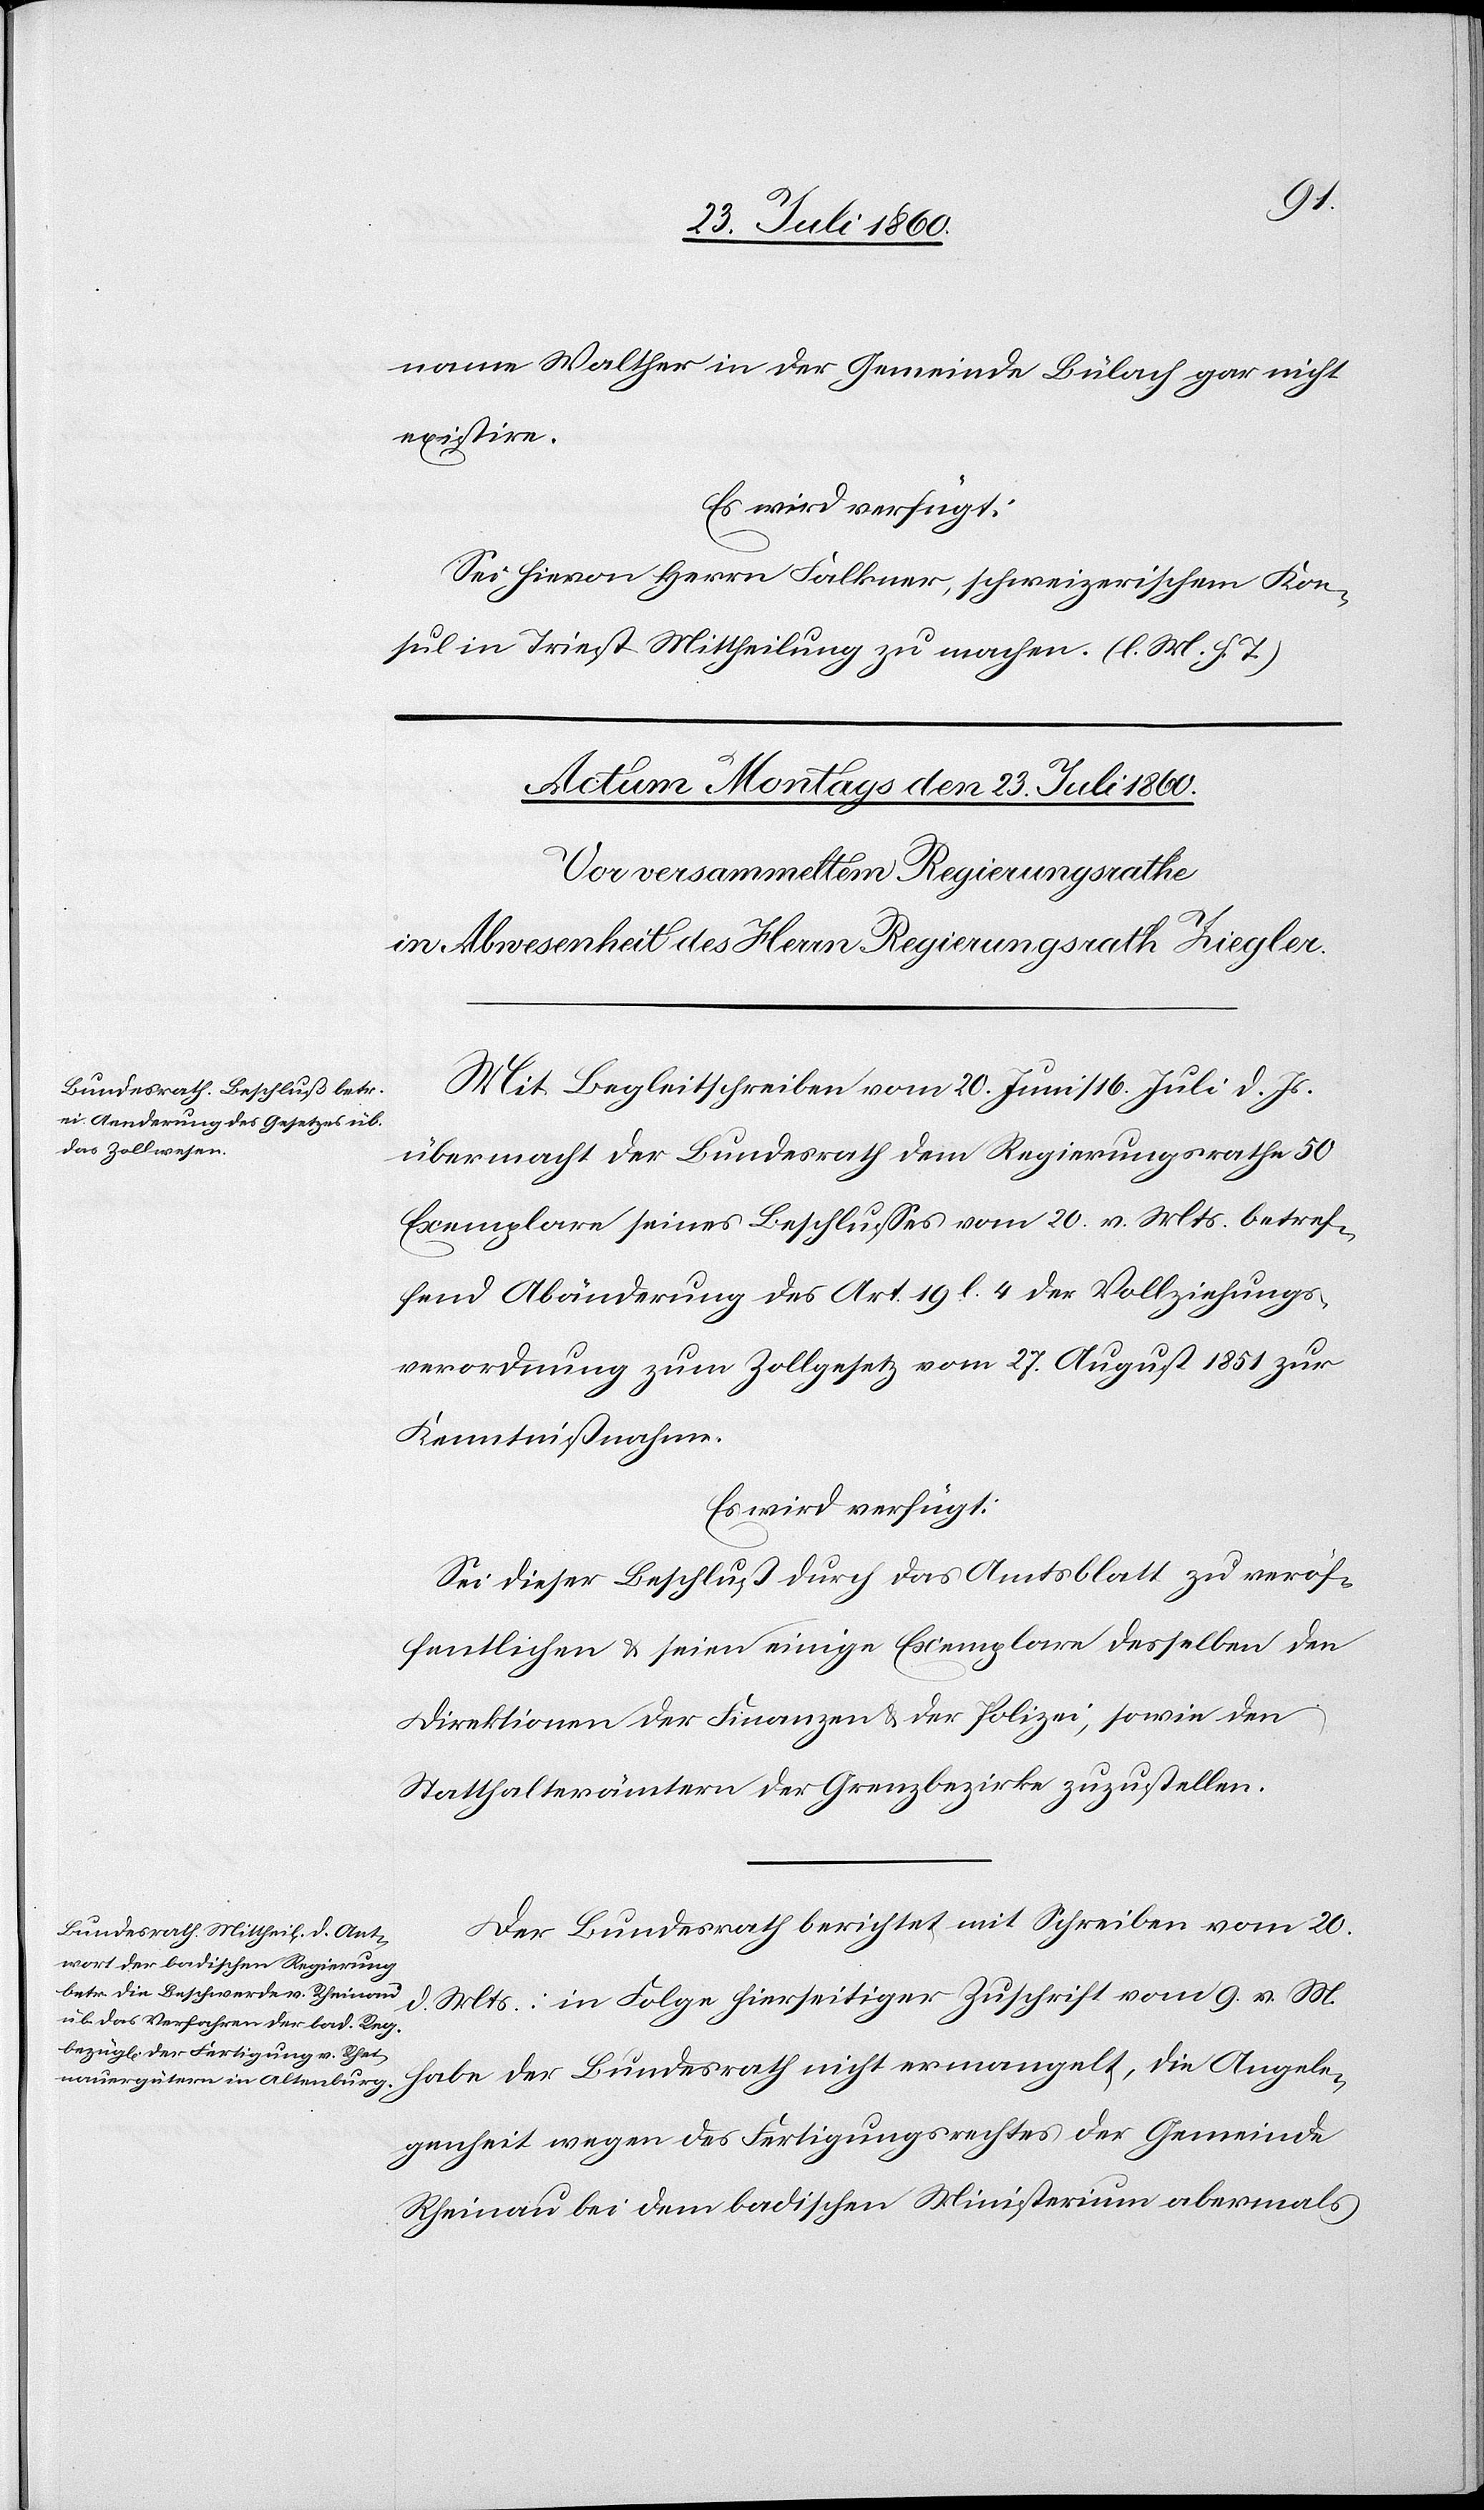
name Walther in der Gemeinde Bülach gar nicht
existire.
Es wird verfügt:
Sei hievon Herrn Falkner, schweizerischem Kon¬
sul in Triest Mittheilung zu machen. (l. M. h. T.).
Mit Begleitschreiben vom 20. Juni / 16. Juli d. Js.
übermacht der Bundesrath dem Regierungsrathe 50
Exemplare seines Beschlusses vom 20. v. Mts. betref¬
fend Abänderung des Art. 19 l. 4 der Vollziehungs¬
verordnung zum Zollgesetz vom 27. August 1851 zur
Kenntnißnahme.
Es wird verfügt:
Sei dieser Beschluß durch das Amtsblatt zu veröf¬
fentlichen & seien einige Exemplare desselben den
Direktionen der Finanzen & der Polizei, sowie den
Statthalterämtern der Grenzbezirke zuzustellen.
Der Bundesrath berichtet mit Schreiben vom 20.
d. Mts.: in Folge hierseitiger Zuschrift vom 9. v. M.
habe der Bundesrath nicht ermangelt, die Angele¬
genheit wegen des Fertigungsrechtes der Gemeinde
Rheinau bei dem badischen Ministerium abermals